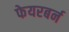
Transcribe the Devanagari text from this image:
फेयरबर्न